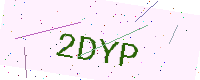
Text: 2DYP